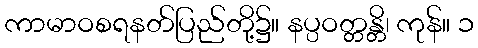
ကာမာဝစရနတ်ပြည်တို့၌။ နပ္ပဝတ္တန္တိ၊ ကုန်။ ၁